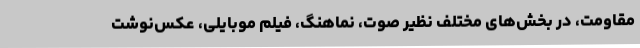
مقاومت، در بخش‌های مختلف نظیر صوت، نماهنگ، فیلم موبایلی، عکس‌نوشت